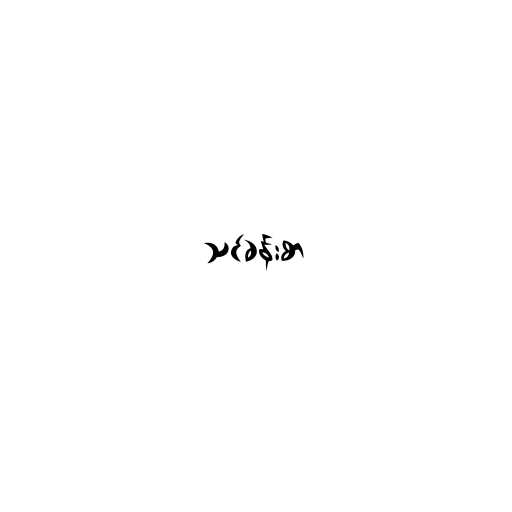
သင်ခန်းစာ